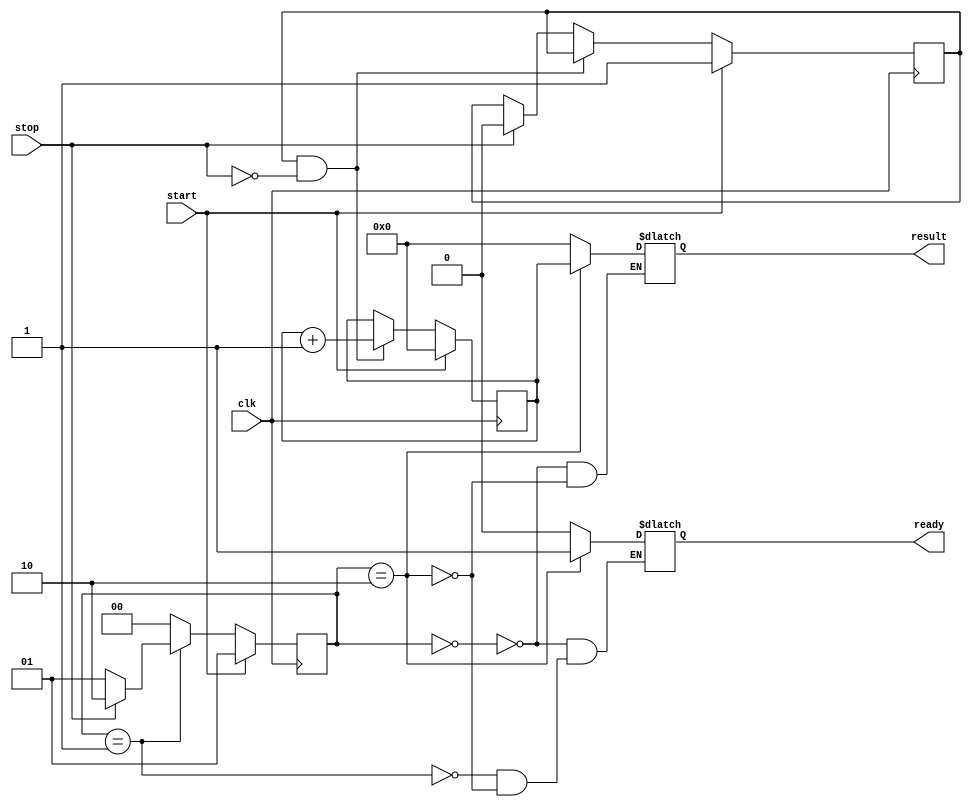
module TimeToDigitalConverter (
    input wire clk,         // High-frequency clock
    input wire start,       // Start signal
    input wire stop,        // Stop signal
    output reg [15:0] result, // 16-bit digital output for time interval
    output reg ready        // Indicates when the result is ready
);

    // State Definitions
    parameter IDLE = 2'b00, MEASURING = 2'b01, DONE = 2'b10;
    reg [1:0] state, next_state;

    // Counter for measuring time interval
    reg [15:0] counter; // 16-bit counter
    reg measuring;      // Flag to indicate if we are measuring

    // Clock divider for lower frequency (optional, depending on application)
    reg [7:0] clk_div; // Example divider for demonstration
    always @(posedge clk) begin
        clk_div <= clk_div + 1;
    end

    // State Machine
    always @(posedge clk) begin
        if (start) begin
            state <= MEASURING; // Start measuring on start signal
        end else begin
            state <= next_state;
        end
    end

    // State transitions and output logic
    always @(*) begin
        case (state)
            IDLE: begin
                result = 16'b0; // Reset result
                ready = 0;
                if (start) begin
                    next_state = MEASURING; // Move to measuring
                end else begin
                    next_state = IDLE;
                end
            end

            MEASURING: begin
                ready = 0;
                if (stop) begin
                    next_state = DONE; // Stop measuring
                end else begin
                    next_state = MEASURING; // Continue measuring
                end
            end

            DONE: begin
                result = counter; // Capture the counter value
                ready = 1;       // Indicate result is ready
                next_state = IDLE; // Move back to idle
            end

            default: next_state = IDLE; // Default to idle
        endcase
    end

    // Counter Logic
    always @(posedge clk) begin
        if (start) begin
            counter <= 16'b0; // Reset counter on start
            measuring <= 1;   // Start measuring
        end else if (measuring && !stop) begin
            counter <= counter + 1; // Increment counter
        end else if (stop) begin
            measuring <= 0; // Stop measuring
        end
    end

endmodule